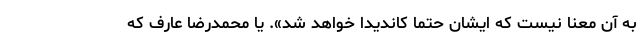
به آن معنا نیست که ایشان حتما کاندیدا خواهد شد». یا محمدرضا عارف که